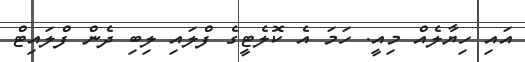
އައި ހިޔާލެއް މިއީ. ހަމަ އެ ކޮލެޓީގެ ފްލައި ލިބި ދެން ފްލައިޓް